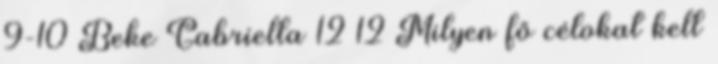
9-10 Beke Gabriella 12 12 Milyen fő célokat kell